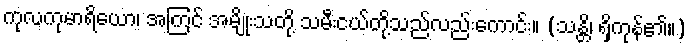
ကုလကုမာရိယော၊ အကြင် အမျိုးသတို့ သမီးငယ်တို့သည်လည်းကောင်း။ (သန္တိ၊ ရှိကုန်၏။)